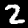
Digit: 2